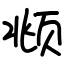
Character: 𫖯